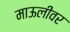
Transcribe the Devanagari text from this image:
माऊलीवर